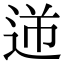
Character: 𨒾